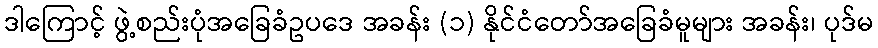
ဒါကြောင့် ဖွဲ့စည်းပုံအခြေခံဥပဒေ အခန်း (၁) နိုင်ငံတော်အခြေခံမူများ အခန်း၊ ပုဒ်မ